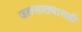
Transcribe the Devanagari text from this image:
जलसाठ्यासही